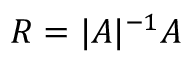
R = | A | ^ { - 1 } A